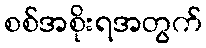
စစ်အစိုးရအတွက်